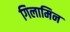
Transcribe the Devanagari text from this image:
गिलामिन